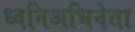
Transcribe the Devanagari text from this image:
ध्वनिअभिनेता